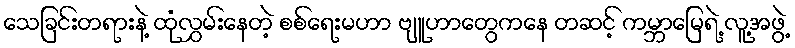
သေခြင်းတရားနဲ့ ထုံလွှမ်းနေတဲ့ စစ်ရေးမဟာ ဗျူဟာတွေကနေ တဆင့် ကမ္ဘာမြေရဲ့ လူ့အဖွဲ့